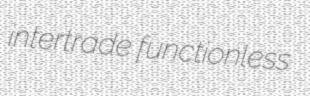
intertrade functionless